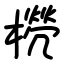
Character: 橩